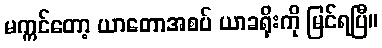
မက္ကင်တော့ ယာတောအစပ် ယာခရိုးကို မြင်ရပြီ။